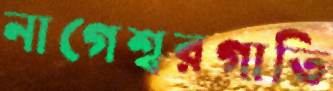
নাগেশ্বরগাতি